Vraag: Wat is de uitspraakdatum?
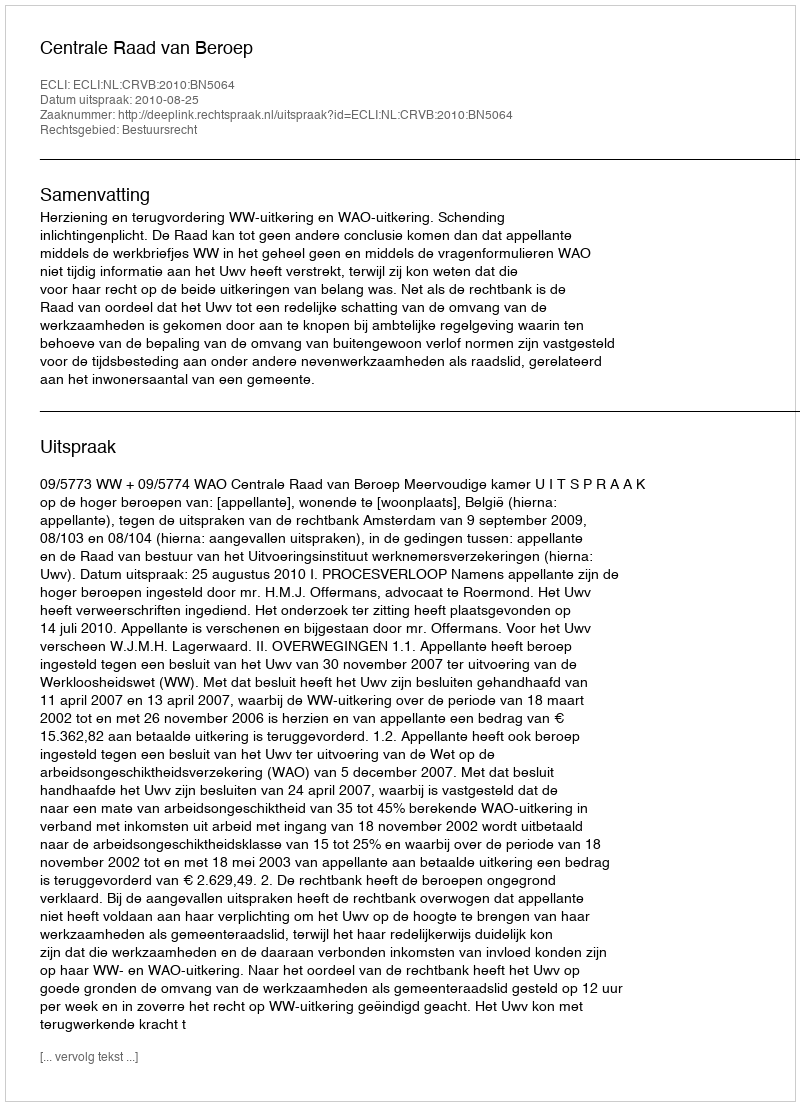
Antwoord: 2010-08-25